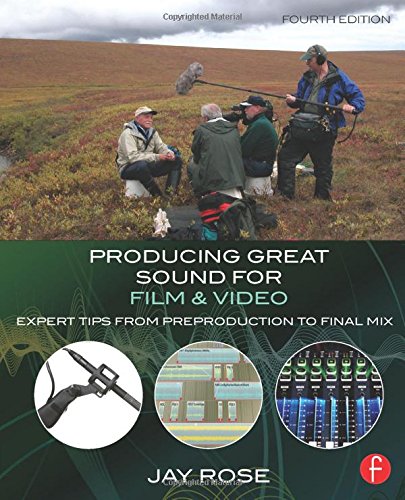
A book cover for Producing Great Sound for Film and Video: Expert Tips from Preproduction to Final Mix; Jay Rose; Computers & Technology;